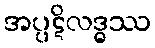
အပ္ပဋိလဒ္ဓဿ